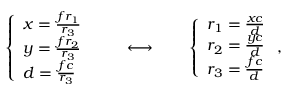
\left\{ \begin{array} { l l } { x = \frac { f r _ { 1 } } { r _ { 3 } } } \\ { y = \frac { f r _ { 2 } } { r _ { 3 } } } \\ { d = \frac { f c } { r _ { 3 } } } \end{array} \right. \qquad \longleftrightarrow \qquad \left\{ \begin{array} { l l } { r _ { 1 } = \frac { x c } { d } } \\ { r _ { 2 } = \frac { y c } { d } } \\ { r _ { 3 } = \frac { f c } { d } } \end{array} \right. ,